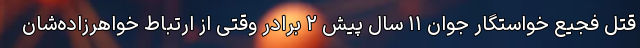
قتل فجیع خواستگار جوان ۱۱ سال پیش ۲ برادر وقتی از ارتباط خواهرزاده‌شان